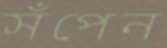
সঁপেন